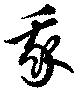
我